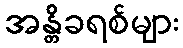
အန္တိခရစ်များ